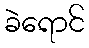
ခဲရောင်